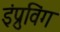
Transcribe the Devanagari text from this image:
इंप्रुविंग